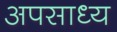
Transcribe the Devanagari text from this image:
अपसाध्य